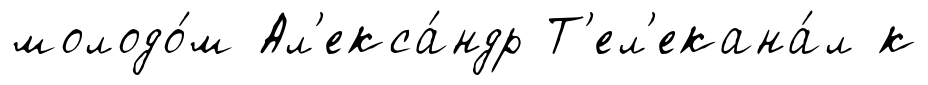
молодо́м Ал'екса́ндр Т'ел'екана́л к